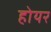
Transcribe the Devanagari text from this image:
होयर